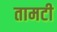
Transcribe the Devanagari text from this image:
तामटी